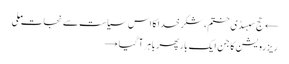
← حج سبسڈی ختم، شکر خدا کا اس سیاست سے نجات ملی
ریزرویشن کا جن ایک بار پھر باہر آ گیا →